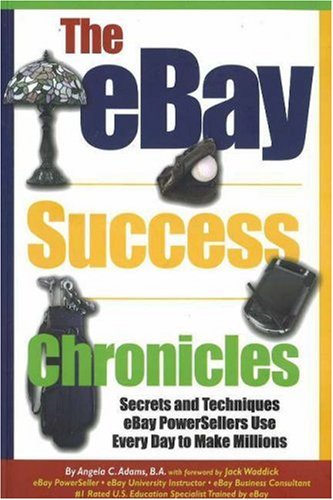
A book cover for The eBay Success Chronicles: Secrets and Techniques eBay PowerSellers Use Every Day to Make Millions; Angela C. Adams; Computers & Technology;